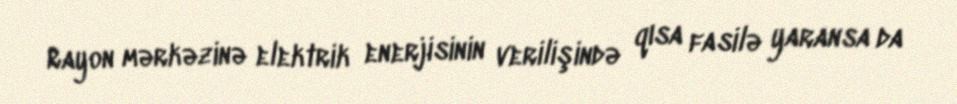
Rayon mərkəzinə elektrik enerjisinin verilişində qısa fasilə yaransa da